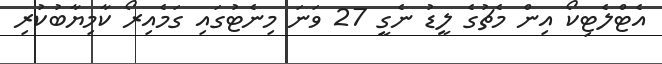
އެޓްލެޓިކޯ އިން މެޗުގެ ލީޑު ނެގީ 27 ވަނަ މިނެޓުގައި ގަމެއިރޯ ކާމިޔާބުކުރި